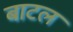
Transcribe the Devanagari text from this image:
बाटल